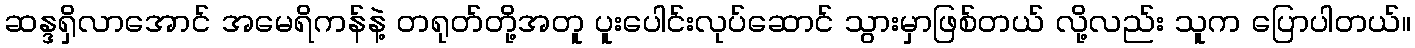
ဆန္ဒရှိလာအောင် အမေရိကန်နဲ့ တရုတ်တို့အတူ ပူးပေါင်းလုပ်ဆောင် သွားမှာဖြစ်တယ် လို့လည်း သူက ပြောပါတယ်။